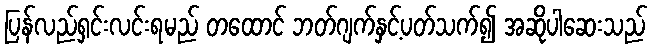
ပြန်လည်ရှင်းလင်းရမည် တထောင် ဘတ်ဂျက်နှင့်ပတ်သက်၍ အဆိုပါဆေးသည်